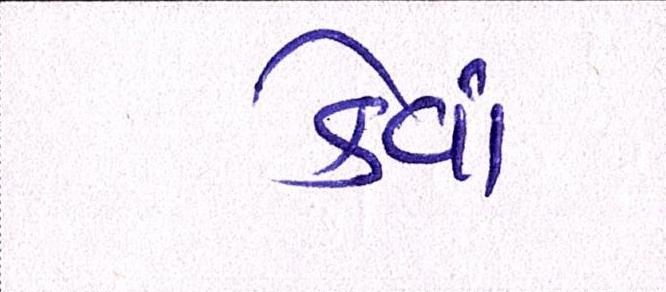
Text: કેવાં